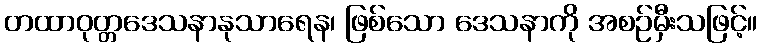
တထာဝုတ္တဒေသနာနုသာရေန၊ ဖြစ်သော ဒေသနာကို အစဉ်မှီးသဖြင့်။